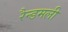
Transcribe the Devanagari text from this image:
रैन्डमली